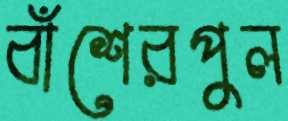
বাঁশেরপুল